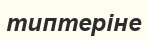
типтеріне